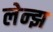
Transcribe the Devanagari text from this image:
लेन्झ